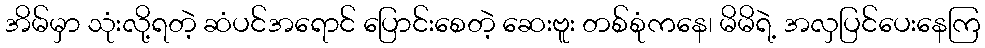
အိမ်မှာ သုံးလို့ရတဲ့ ဆံပင်အရောင် ပြောင်းစေတဲ့ ဆေးဗူး တစ်စုံကနေ၊ မိမိရဲ့ အလှပြင်ပေးနေကြ